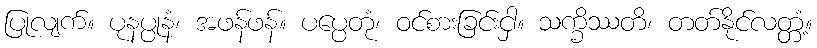
ပြုလျက်။ ပုနပ္ပုနံ၊ အဖန်ဖန်။ ပပ္ပေတုံ၊ ဝင်စားခြင်းငှါ။ သက္ခိဿတိ၊ တတ်နိုင်လတ္တံ့။